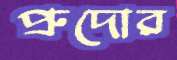
প্রুদোর